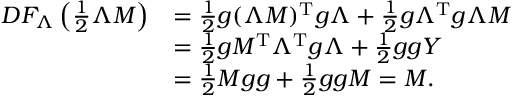
\begin{array} { r l } { D F _ { \Lambda } \left( \frac { 1 } { 2 } \Lambda M \right) } & { = \frac { 1 } { 2 } g ( \Lambda M ) ^ { \mathrm { T } } g \Lambda + \frac { 1 } { 2 } g \Lambda ^ { \mathrm { T } } g \Lambda M } \\ & { = \frac { 1 } { 2 } g M ^ { \mathrm { T } } \Lambda ^ { \mathrm { T } } g \Lambda + \frac { 1 } { 2 } g g Y } \\ & { = \frac { 1 } { 2 } M g g + \frac { 1 } { 2 } g g M = M . } \end{array}